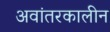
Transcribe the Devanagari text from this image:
अवांतरकालीन